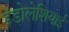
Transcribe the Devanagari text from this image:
इंडोलेशियाई